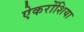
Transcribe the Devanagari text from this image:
ऐकरोंशिया